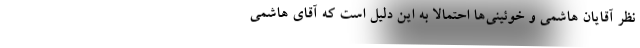
نظر آقایان هاشمی و خوئینی‌ها احتمالاً به این دلیل است که آقای هاشمی